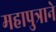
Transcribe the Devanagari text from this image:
महापुत्राने